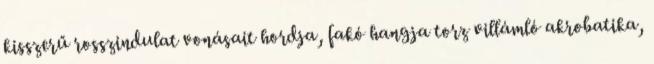
kisszerű rosszindulat vonásait hordja, fakó hangja torz villámló akrobatika,